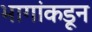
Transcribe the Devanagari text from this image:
भागांकडून